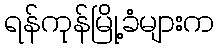
ရန်ကုန်မြို့ခံများက